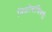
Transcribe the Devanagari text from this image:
निळोबांविषयी